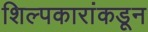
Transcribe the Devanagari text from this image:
शिल्पकारांकडून